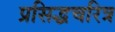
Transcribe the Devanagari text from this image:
प्रसिद्धचरित्र